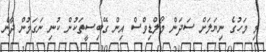
މި މަހުގެ ނިޔަލަށް ސަދަން މޯލްޑިވްސް އިން ގޭބިސީތަކުން ކުނި ނަގަމުން ދާނެ